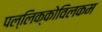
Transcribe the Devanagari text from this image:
पल्लिक्कोविलकम